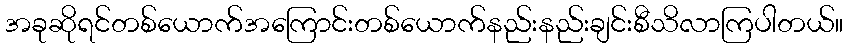
အခုဆိုရင်တစ်ယောက်အကြောင်းတစ်ယောက်နည်းနည်းချင်းစီသိလာကြပါတယ်။